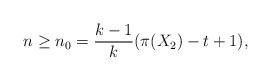
LaTeX: \begin{align*} n \geq n_0 = \frac{k-1}{k} ( \pi(X_2) - t + 1),\end{align*}